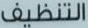
التنظيف